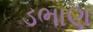
ડભાણ